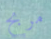
مربح